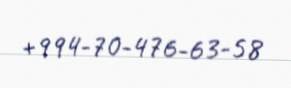
+994-70-476-63-58